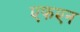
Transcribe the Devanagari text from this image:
एफएन